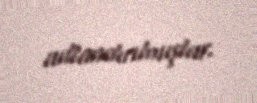
adlandırılmışlar.